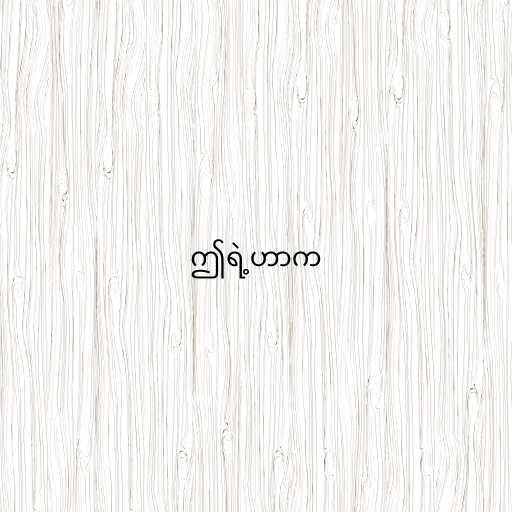
ဤရဲ့ဟာက